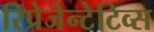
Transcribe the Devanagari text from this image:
रिप्रेजेन्टेटिव्स